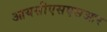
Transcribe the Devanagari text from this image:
आयसीएसएसआर